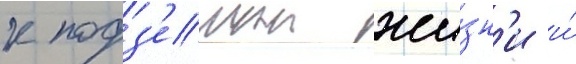
к подз'емнои жи́зн'и и́